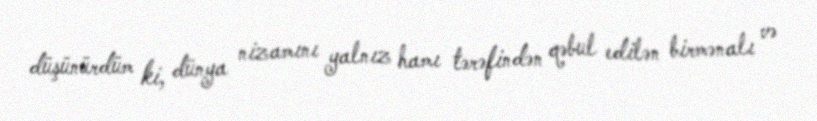
düşünürdüm ki, dünya nizamını yalnız hamı tərəfindən qəbul edilən birmənalı və